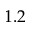
1 . 2